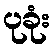
ပုခုံး